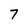
Character: 7